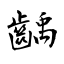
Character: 齲